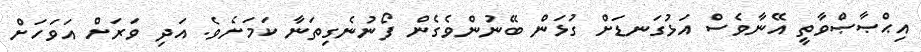
އިޙްޞާޞްވާތީ އޭނާވެސް އަޅުގަނޑަށް ގުޅަން ބޭނުންވެގެން ފޯނުނެގިތަނާ ކަމަށެވެ. އަދި ވަރަށް އަވަހަށް